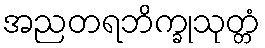
အညတရဘိက္ခုသုတ္တံ